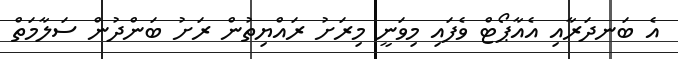
އެ ބަނދަރާއި އެއާޕޯޓް ވެފައި މިވަނީ މިރަށު ރައްޔިތުން ރަށު ބަންދުން ސަލާމަތް